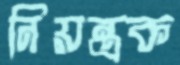
নিয়ন্ত্রক